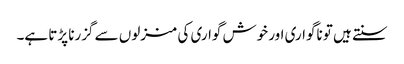
سنتے ہیں تو ناگواری اور خوش گواری کی منزلوں سے گزرنا پڑتا ہے۔